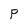
Character: P